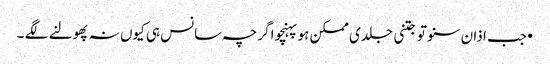
•جب اذان سنو تو جتنی جلدی ممکن ہو پہنچو اگرچہ سانس ہی کیوں نہ پھولنے لگے ۔